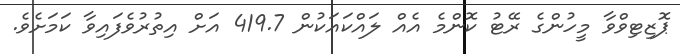
ޕޮޒިޓިވްވާ މީހުންގެ ރޭޓު ކޮންމެ އެއް ލައްކައަކުން 419.7 އަށް އިތުރުވެފައިވާ ކަމަށެވެ.